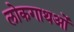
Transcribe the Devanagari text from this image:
लोकगाथओं